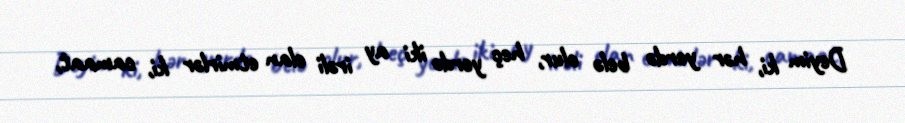
Deyim ki, hər yerdə belə olur, heç yerdə iki ay irəli elan etmirlər ki, camaat,